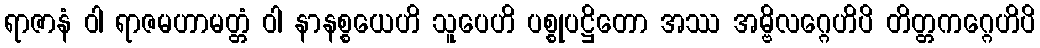
ရာဇာနံ ဝါ ရာဇမဟာမတ္တံ ဝါ နာနစ္စယေဟိ သူပေဟိ ပစ္စုပဋ္ဌိတော အဿ အမ္ဗိလဂ္ဂေဟိပိ တိတ္တကဂ္ဂေဟိပိ